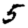
Digit: 5